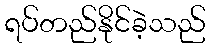
ရပ်တည်နိုင်ခဲ့သည်